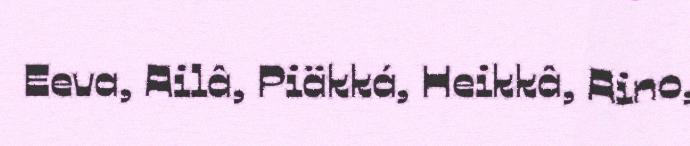
Eeva, Ailâ, Piäkká, Heikkâ, Aino,